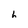
Character: h